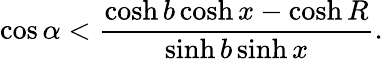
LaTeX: \cos\alpha<\frac{\cosh b\cosh x-\cosh R}{\sinh b\sinh x}.